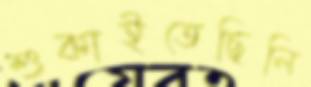
শুকাইতেছিলি